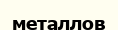
металлов